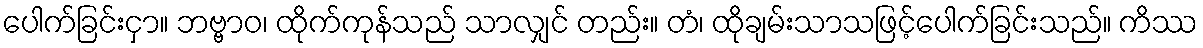
ပေါက်ခြင်းငှာ။ ဘဗ္ဗာဝ၊ ထိုက်ကုန်သည် သာလျှင် တည်း။ တံ၊ ထိုချမ်းသာသဖြင့်ပေါက်ခြင်းသည်။ ကိဿ